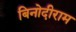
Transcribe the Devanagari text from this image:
बिनोदीराम